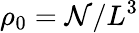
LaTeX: \rho_{0}=\mathcal{N}/L^{3}